King Institute of Preventive Medicine Micro-Biological Section reports 1909-11
Year: 1909
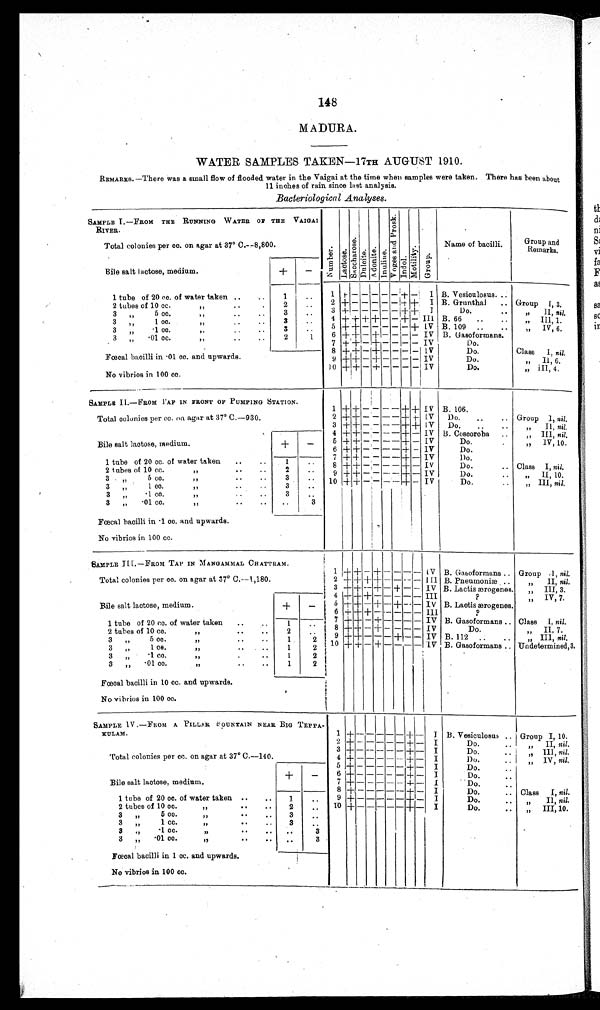
148
MADURA.
WATER SAMPLES TAKEN—17TH AUGUST 1910.
REMARKS.—There was a small flow of flooded water in the Vaigai at the time when samples were taken. There has been about
11 inches of rain since last analysis.
Bacteriological Analyses.
SAMPLE I.—FROM THE RUNNING WATER OF THE VAIGA I
RIVER.
Number.Lact ose.Sacchar ose.Dul ci t e.Adoni t e.Inuline.
V o g e s a n d P r o s k .
Indol.Mot i l i t y.Group.
Name of bacilli.
Group and
Remarks.
Total colonies per cc. on agar at 37° C.
—8,800.
Bile salt lactose, medium.
+
−
1 tube of 20 cc. of water taken
1
1
+
− − − − −
+
−
I B. Vesioulosus.
2 tubes of 10 cc.
„
2 2
+
− − − − −
+ +
I B. Grunthal.. Group I, 3.
3 „ 5 c
c „
3 3
+
− − − − −
+ +
I
Do.
„
II,
nil.
3 „ 1 c
c „
3
4 + + + +
− −
+
− III B. 66
„
III,
1.
3 „ ·1 cc.
„
3
5
+ +
− − − − −
+
IV
B. 109
„
IV,
6.
3 „ ·01 cc.
„
2
1
6
+ +
−
+
− − − − IV B. Gasoformans.
Fœcal bacilli in ·01 cc. and upwards.
7
+ +
−
+
− − − − IV
Do.
8
+ +
−
+
− − − − IV
Do.
Class I, nil.
9
+ +
−
+
− − − − IV
Do.
„
II,
6.
No vibrios in 100 cc.
10
+ +
−
+
− − − − IV
Do.
„
III,
4.
SAMPLE II.—FROM TAP IN FRONT OF PUMPING STATION.
1
+ +
− − − −
+ +
IV B. 106.
Total colonies per cc. on. agar at 37° 0.
—930.
2
+ +
− − − −
+ +
IV
Do.
Group I nil.
3
+ +
− − − −
+ +
IV
Do.
„
II,
nil.
Bile salt lactose, medium.
+
−
4
+ +
− − − −
+
− IV B. Coscoroba
„
III,
nil.
5
+ +
− − − −
+
− IV
Do.
„
IV,
10.
6
+ +
− − − −
+
− IV
Do.
7
+ +
− − − −
+
− IV
D o .
1 tube of 20 cc. of water taken
1
8
+ +
− − − −
+
−
IV
Do.
Class I, nil.
2
tubes 10 cc.
„
2
9
+ +
− − − −
+
− IV
Do.
„
II,
10.
3 „ 5 cc
. „
3
10
+ +
− − − −
+
− IV
Do.
„
III,
nil.
3 „ 1 cc.
„
3
3 „ ·1 c
c. „
3
3 „ ·01 cc.
„
3
Fæcal bacilli in ·1 cc. and upwards.
No vibrios in 100 cc.
SAMPLE III.—FROM TAP IN MANGAMMAL CHATTRAM.
1
+ +
−
+
− − − −
IV B. Gasoformans
Group I, nil.
Total colonies per cc. on agar at 37° C.
—1,180.
2
+ + + +
− − − −
I I I B. Pneumoniæ
„
II,
nil.
3
+ +
−
+
−
+
− − IV B. Lactis ærogenes.
„
III,
3.
Bile salt lactose, medium.
+
−
4
+ + +
− − − − − III
?
„
IV,
7 .
5
+ +
−
+
−
+
− − IV B. Lactis ærogenes.
6
+ + +
− − − − − III
?
1 tube of 20 cc. of water taken
1
7
+ +
−
+
− − − − IV B. Gasoformans
Class I, nil.
2 tubes of 10 cc.
„
2
8
+ +
−
+
− − − − IV
Do.
„
II,
7.
3 „ 5 cc
„
1
2
9
+ +
− − −
+
− − IV B. 112
„
III,
nil.
3 „ ·1
cc. „
1
2
10
+ +
−
+
− − − −
IV B. Gasoformans
Undetermined, 3.
3 „ ·1 cc
. „
1
2
3 „ ·01 cc.
„
1
2
Fœcal bacilli in 10 cc. and upwards.
No vibrios in 100 cc.
SAMPLE IV.—FROM A PILLAR FOUNTAIN NEAR BIG TEPPA
KULAM.
1
+
− − − − −
+
−
I
B. Vesiculosus. Group I, 10.
2
+
− − − − −
+
−
I
Do.
„
II,
nil.
3
+
− −
− − −
+
−
I
Do.
„
III,
nil.
Total colonies per cc. on agar at 37° C.
—140.
4
+
− − − − −
+
−
I
Do.
5
+
− − − − −
+
−
I
Do.
„
IV,
nil.
Bile salt lactose, medium.
+
−
6
+
− − − − −
+
−
I
Do.
7
+
− − − − −
+
−
I
Do.
8
+
− − − − −
+
−
I
Do.
Class I, nil.
1 tube of 20 cc. of water taken
1
9
+
− − − − −
+
−
I
Do.
„
II,
nil.
2 tubes of 10 cc.
„
2
10
+
− − − − −
+
−
I
Do.
„
III
10 .
3 „ 5 cc.
„
3
3 „ 1 cc.
„
3
3 ,, ·1 cc.
„
3
3 „ ·01 cc.
„
3
Fœcal bacilli in 1 cc. and upwards.
No vibrios in 100 cc.